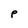
Character: P